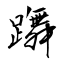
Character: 躌